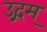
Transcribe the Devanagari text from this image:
उद्गम्